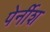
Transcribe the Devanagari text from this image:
पेर्नीश